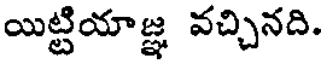
యిట్టియాజ్ఞ వచ్చినది.